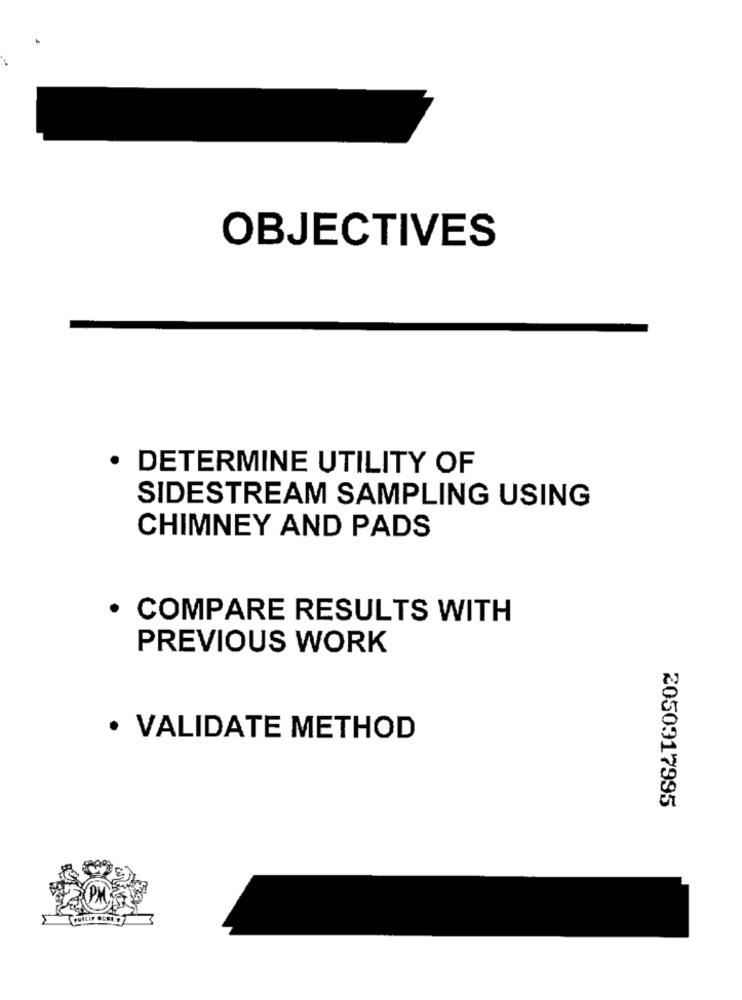
OBJECTIVES
· DETERMINE UTILITY OF
SIDESTREAM SAMPLING USING
CHIMNEY AND PADS
COMPARE RESULTS WITH
PREVIOUS WORK
· VALIDATE METHOD
2050317995